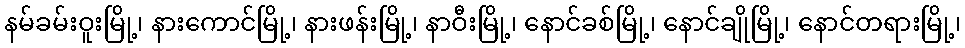
နမ်ခမ်းဝူးမြို့၊ နားကောင်မြို့၊ နားဖန်းမြို့၊ နာဝီးမြို့၊ နောင်ခစ်မြို့၊ နောင်ချိုမြို့၊ နောင်တရားမြို့၊